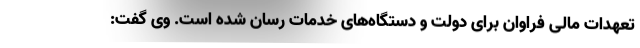
تعهدات مالی فراوان برای دولت و دستگاه‌های خدمات رسان شده است. وی گفت: